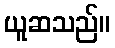
ယူဆသည်။